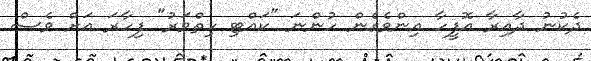
ދެކުނު ދާއިރާ އޮފީހާ އިންވެގެން ހުންނަ "ކައްޓި ހިތްވަރު" ފިހާރަ އަށް ވެސް